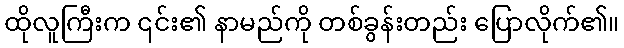
ထိုလူကြီးက ၎င်း၏ နာမည်ကို တစ်ခွန်းတည်း ပြောလိုက်၏။